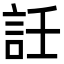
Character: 䚾